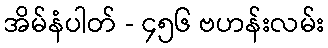
အိမ်နံပါတ် - ၄၅၆ ဗဟန်းလမ်း